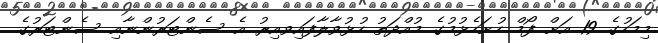
މިމަހުގެ 19 އަށް ފޯމް ހުށަހެޅުމުގެ މުއްދަތު ހުޅުވާލާފައިވއިރު އެ ސެންޓަރުންނާއި ސެންޓަރުގެ